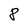
Character: 8